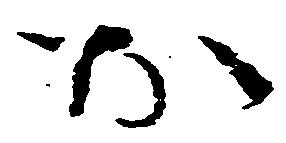
お